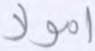
أموالا